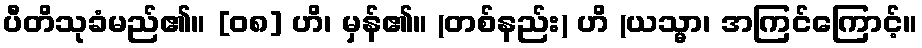
ပီတိသုခံမည်၏။ [၀၈] ဟိ၊ မှန်၏။ (တစ်နည်း) ဟိ (ယသ္မာ၊ အကြင်ကြောင့်။